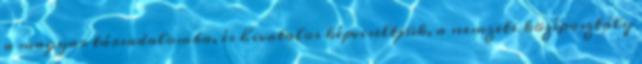
a magyar társadalomba, és hivatalos képviseltjük, a nemzeti középosztály